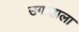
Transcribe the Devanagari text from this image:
उगांडाला